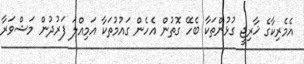
އެމެރިކާގެ ޚާރިޖީ ގުޅުންތަކާ ބެހޭ ގޮތުން އެހެން ގައުމުތަކާ އަމިއްލަ ފަރުދުން މަޝްވަރާ